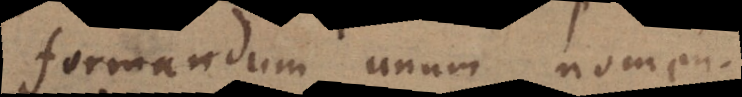
formandum unum nomen.